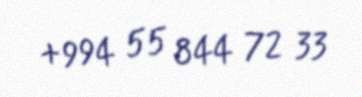
+994 55 844 72 33